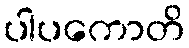
ပါပကောတိ